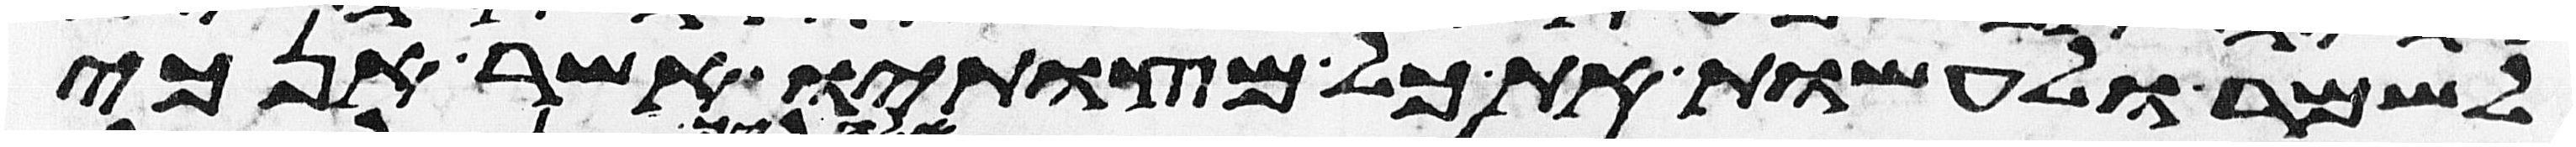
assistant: לשמר לעשות את כל מצותיו אשר אנכי